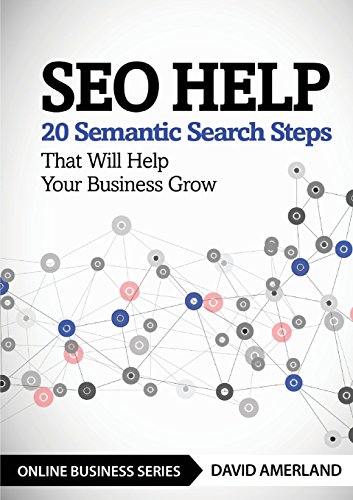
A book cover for SEO Help: 20 Semantic Search Steps that Will Help Your Business Grow; David Amerland; Computers & Technology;